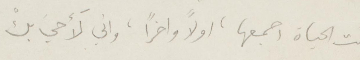
انت الحياة اجمعها، اولًا واخرًا، واني لأحيَ بكْ